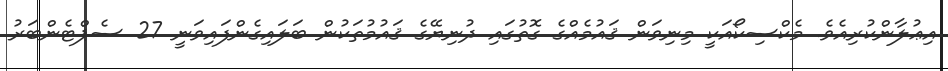
އިޢުލާންކުރިއެވެ. މެކްސިކޯއަކީ މިނިވަން ޤައުމެއްގެ ގޮތުގައި ދުނިޔޭގެ ޤައުމުތަކުން ބަލައިގެންފައިވަނީ 27 ސެޕްޓެންބަރު